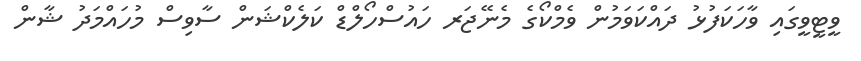
ވީޓީވީގައި ވާހަކަފުޅު ދައްކަވަމުން ވެމްކޯގެ މެނޭޖަރ ހައުސްހޯލްޑް ކަލެކްޝަން ސާވިސް މުހައްމަދު ޝާން